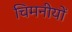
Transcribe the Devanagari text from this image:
चिमनीयों